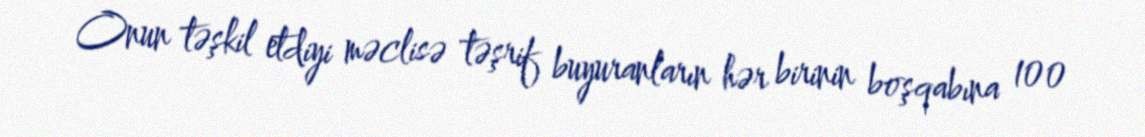
Onun təşkil etdiyi məclisə təşrif buyuranların hər birinin boşqabına 100